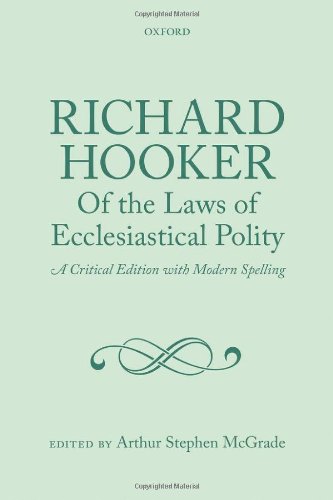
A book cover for Richard Hooker, Of the Laws of Ecclesiastical Polity: A Critical Edition with Modern Spelling; Arthur Stephen McGrade; Christian Books & Bibles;